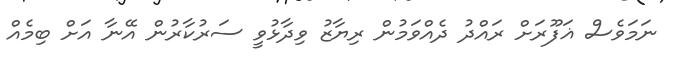
ނަމަވެސް ޣަފޫރަށް ރައްދު ދެއްވަމުން ރިޔާޒު ވިދާޅުވީ ސަރުކާރުން އޭނާ އަށް ބިމެއް